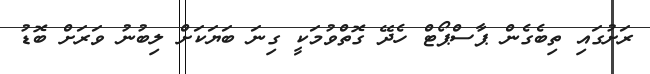
ރަށުގައި ތިބެގެން ޕާސްޕޯޓް ހެދޭ ގޮތްވުމަކީ ގިނަ ބަޔަކަށް ލިބުނު ވަރަށް ބޮޑު